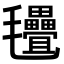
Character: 𣱃